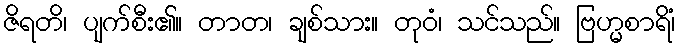
ဇိရတိ၊ ပျက်စီး၏။ တာတ၊ ချစ်သား။ တုဝံ၊ သင်သည်။ ဗြဟ္မစာရိံ၊